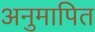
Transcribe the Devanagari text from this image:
अनुमापित